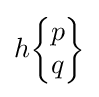
h{\begin{Bmatrix}p\\q\end{Bmatrix}}